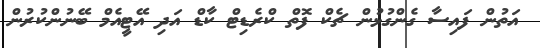
އަތުން ފައިސާ ގެންގުޅުން ޗެކް ފޮތް ކްރެޑިޓް ކާޑް އަދި އޭޓީއެމް ބޭނުންކުރުން